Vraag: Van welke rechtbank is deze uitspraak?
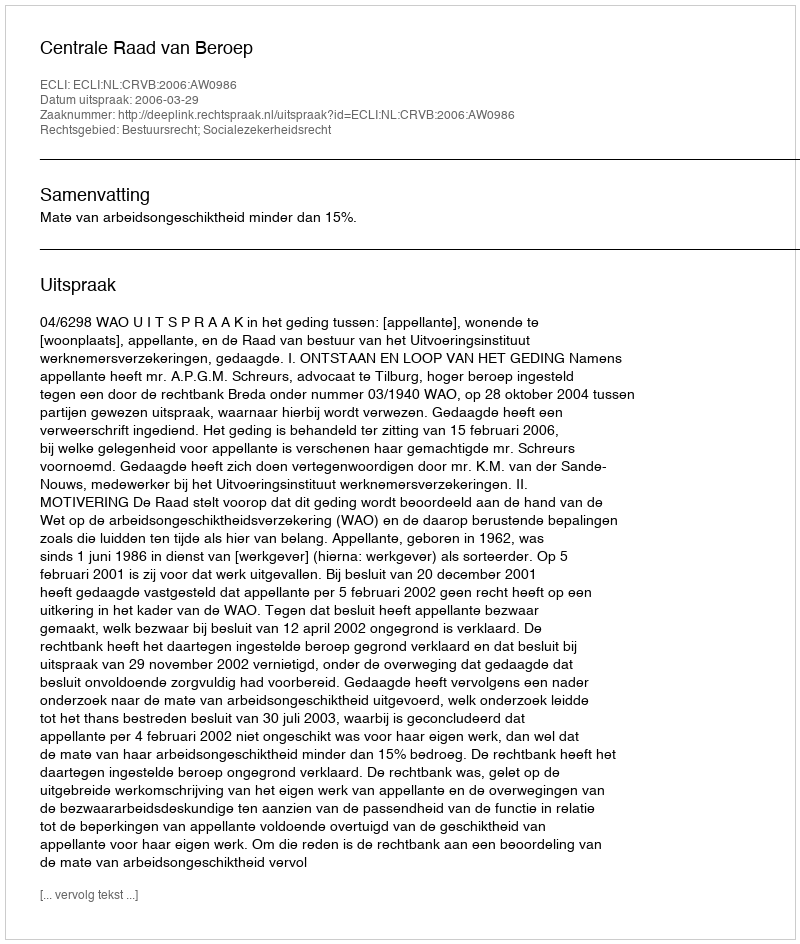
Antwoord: Centrale Raad van Beroep